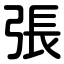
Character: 張